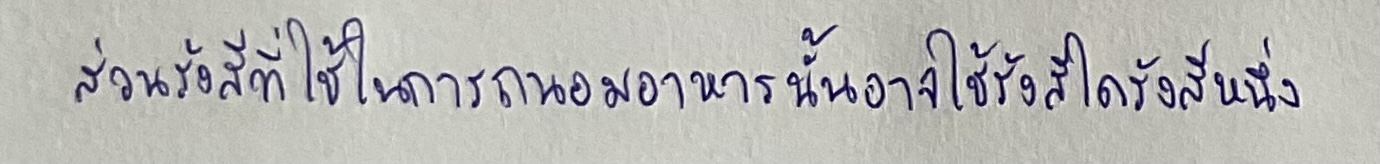
ส่วนรังสีที่ใช้ในการถนอมอาหารนั้นอาจใช้รังสีใดรังสีหนึ่ง